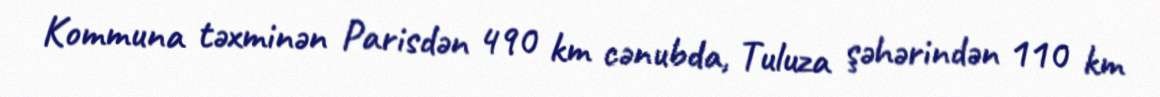
Kommuna təxminən Parisdən 490 km cənubda, Tuluza şəhərindən 110 km